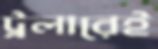
ট্রলারেই